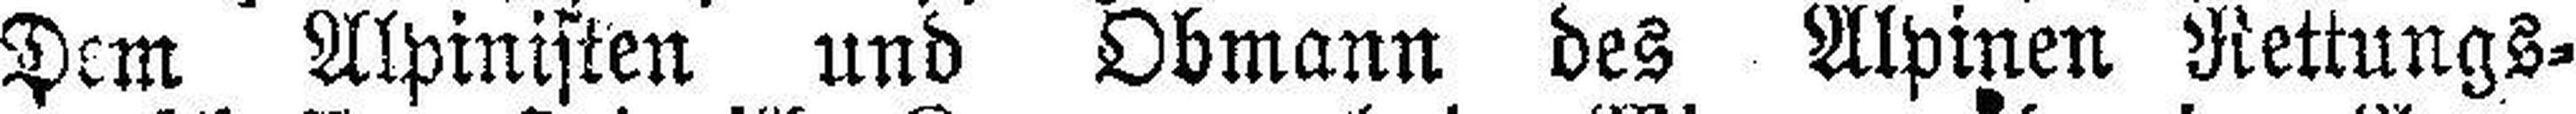
Dem Alpinisten und Obmann des Alpinen Rettungs¬